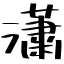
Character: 瀟